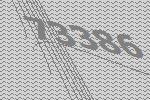
73386